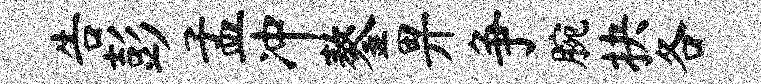
告彭孟冲鏊畀争腕抉各